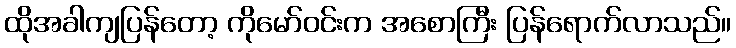
ထိုအခါကျပြန်တော့ ကိုမော်ဝင်းက အစောကြီး ပြန်ရောက်လာသည်။